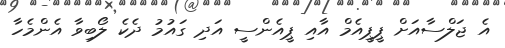
އެ ޖަލްސާއަށް ޕީޕީއެމް އާއި ޕީއެންސީ އަދި ގައުމު ދެކެ ލޯބިވާ އެންމެހާ